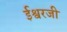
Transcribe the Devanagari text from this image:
ईश्वरजी